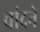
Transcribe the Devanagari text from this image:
चांदने